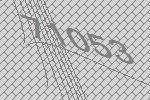
71053